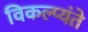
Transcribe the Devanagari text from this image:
विकल्प्यंते